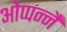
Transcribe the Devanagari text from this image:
ओप्पन्नै